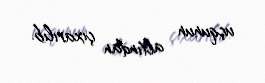
uçqunun altından çıxarılıb.